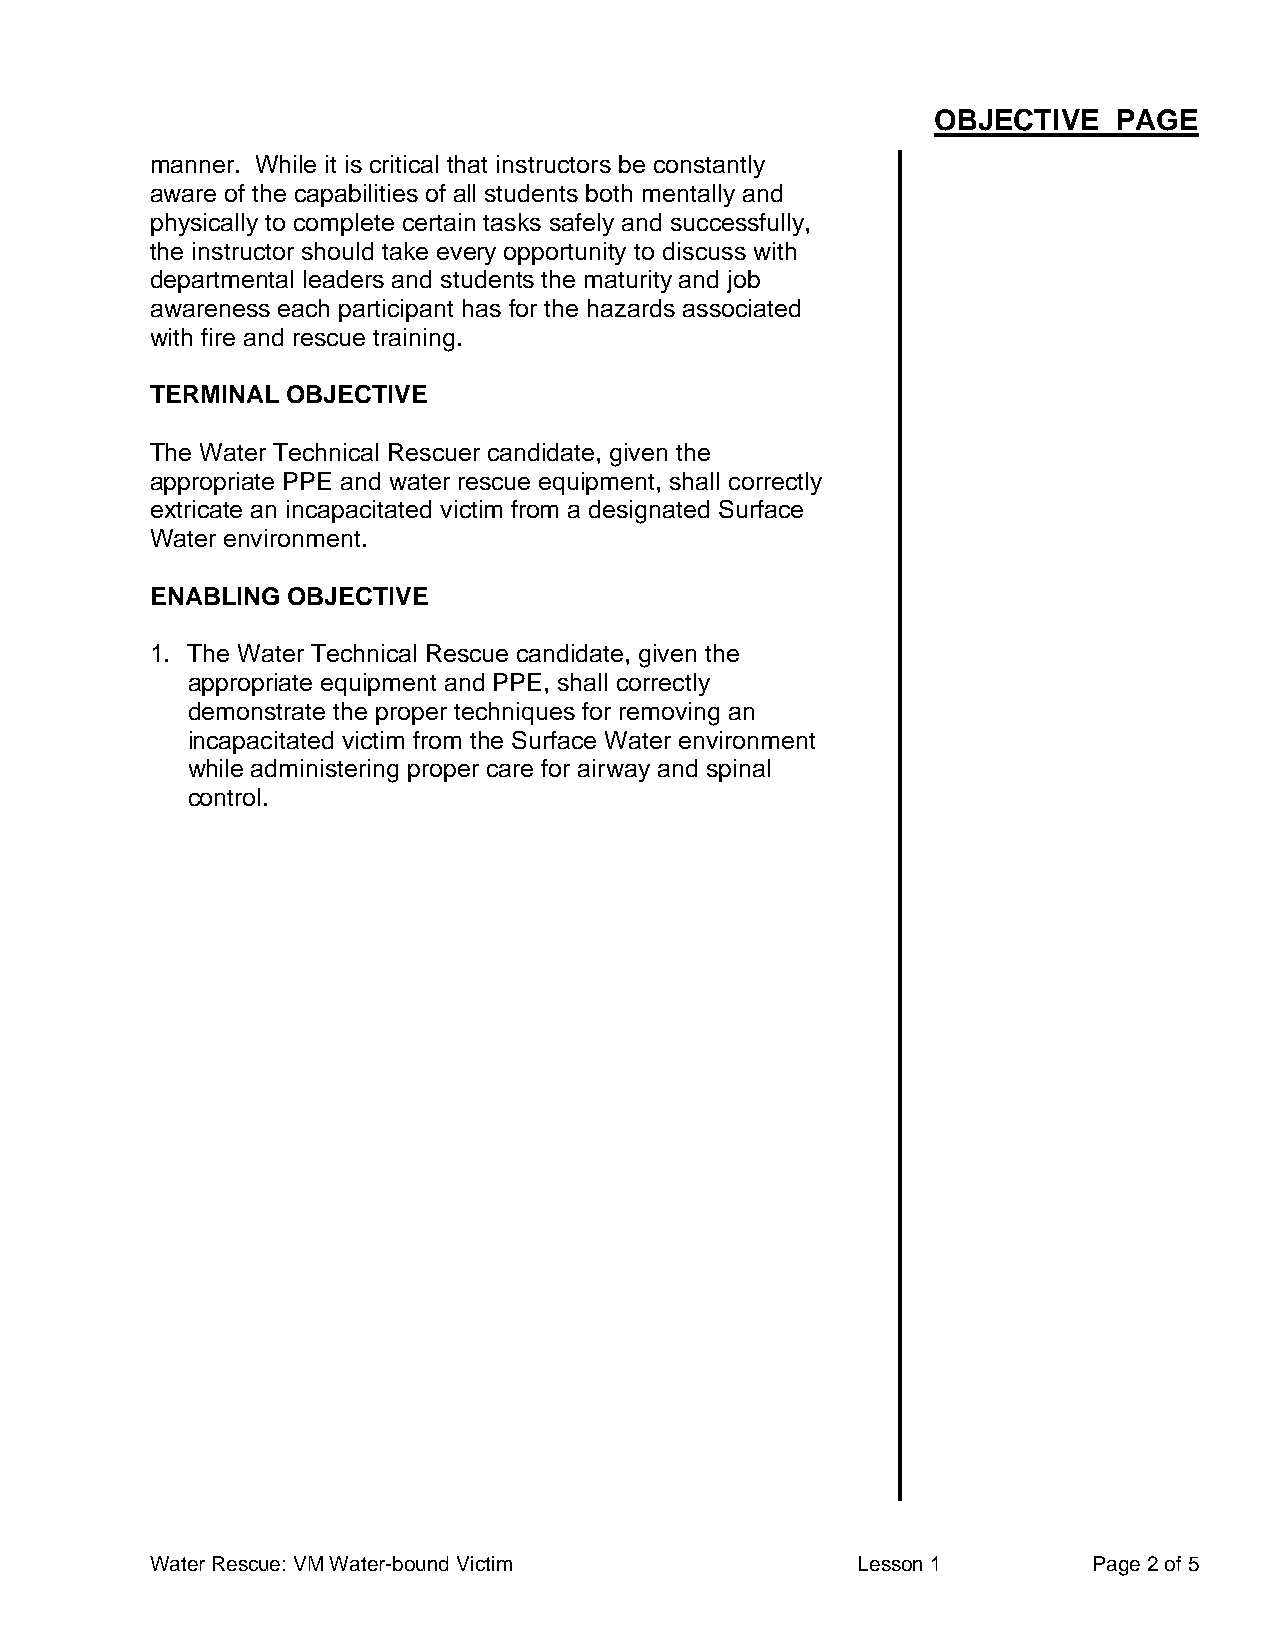
OBJECTIVE   PAGE
 manner. While it is critical that instructors be constantly
 aware of the capabilities of all students both mentally and
 physically to complete certain tasks safely and successfully,
 the instructor should take every opportunity to discuss with
 departmental leaders and students the maturity and job
 awareness each participant has for the hazards associated
 with fire and rescue training.
 TERMINAL OBJECTIVE
 The Water Technical Rescuer candidate, given the
 appropriate PPE and water rescue equipment, shall correctly
 extricate an incapacitated victim from a designated Surface
 Water environment.
 ENABLING OBJECTIVE
 1. The Water Technical Rescue candidate, given the
 appropriate equipment and PPE, shall correctly
 demonstrate the proper techniques for removing an
 incapacitated victim from the Surface Water environment
 while administering proper care for airway and spinal
 control.
 Water Rescue: VM Water-bound Victim            Lesson 1       Page 2 of 5